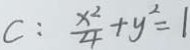
C : \frac { x ^ { 2 } } { 4 } + y ^ { 2 } = 1